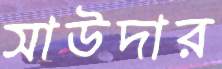
সাউদার